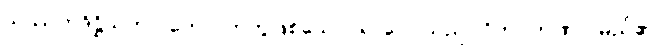
သဿတဒိဋ္ဌိသဟ ဂတော၊ တကွဖြစ်သော။ ရာဂေါ၊ သည်။ ဝိဘဝတဏှာ၊ မည်၏။